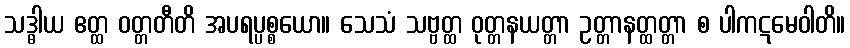
သဒ္ဓါယ ဧတ္ထ ဝတ္တတီတိ အပရပ္ပစ္စယော။ သေသံ သဗ္ဗတ္ထ ဝုတ္တနယတ္တာ ဥတ္တာနတ္ထတ္တာ စ ပါကဋမေဝါတိ။